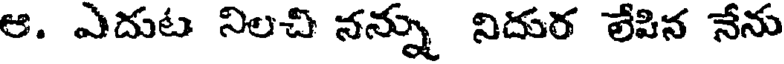
ఆ. ఎదుట నిలచి నన్ను నిదుర లేపిన నేను